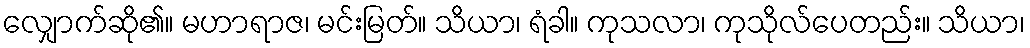
လျှောက်ဆို၏။ မဟာရာဇ၊ မင်းမြတ်။ သိယာ၊ ရံခါ။ ကုသလာ၊ ကုသိုလ်ပေတည်း။ သိယာ၊